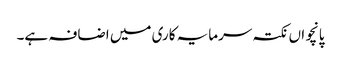
پانچواں نکتہ سرمایہ کاری میں اضافہ ہے۔